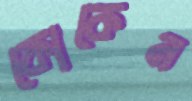
কোকেন